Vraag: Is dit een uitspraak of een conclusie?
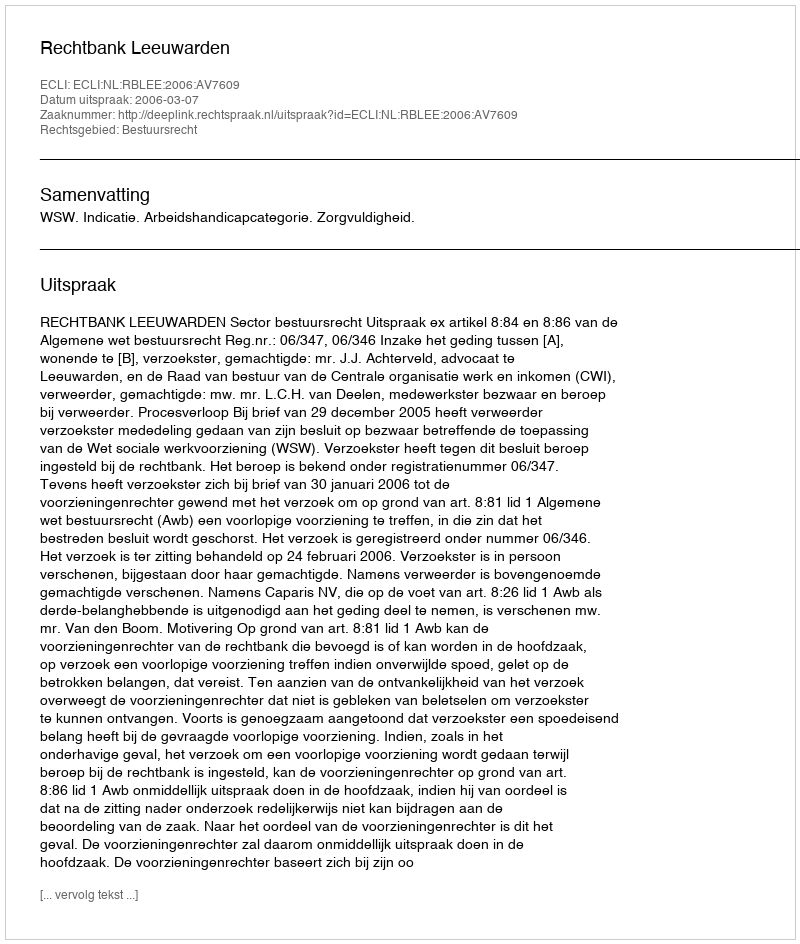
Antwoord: Uitspraak